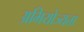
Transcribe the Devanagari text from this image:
अभियोज्यता